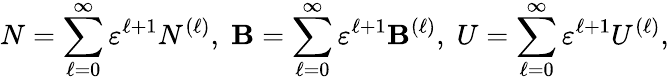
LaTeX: N=\sum_{\ell=0}^{\infty}\varepsilon^{\ell+1}N^{(\ell)},\; \mathbf{B}=\sum_{\ell=0}^{\infty}\varepsilon^{\ell+1}\mathbf{B}^{(\ell)},\; U=\sum_{\ell=0}^{\infty}\varepsilon^{\ell+1}U^{(\ell)},